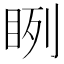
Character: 𥆁